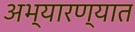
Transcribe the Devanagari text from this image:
अभ्यारण्यात